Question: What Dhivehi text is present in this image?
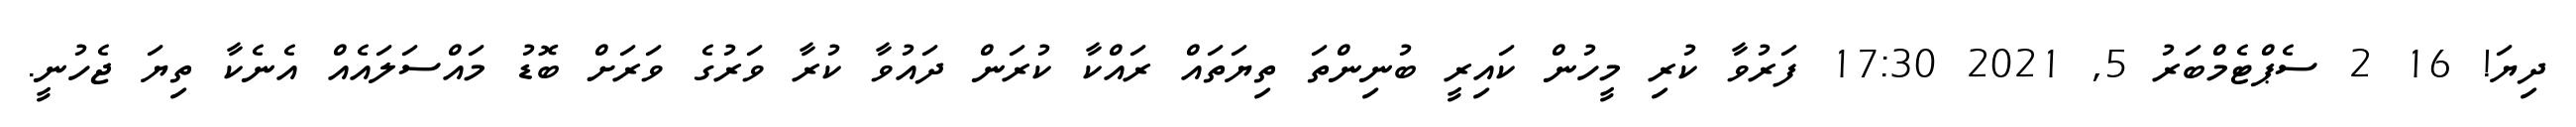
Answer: ދިޔަ! 16 2 ސެޕްޓެމްބަރު 5, 2021 17:30 ފަރުވާ ކުރި މީހުން ކައިރީ ބުނިންތަ ތިޔަތައް ރައްކާ ކުރަން ދައުވާ ކުރާ ވަރުގެ ވަރަށް ބޮޑު މައްސަލައެއް އެނެކާ ތިޔަ ޖެހުނީ.